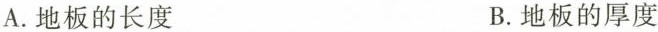
A.地板的长度 B.地板的厚度